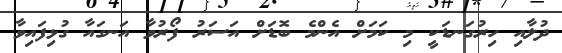
ދުލާއި ހިރުގަނޑަކީ މި ކަމަށް އެންމެ ބޮޑަށް އަސަރު ފޯރުވާ އަނގައާ ގުޅިފައިވާ